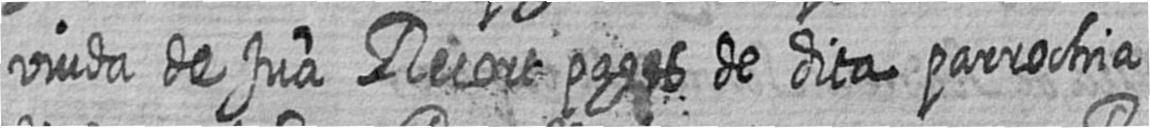
viuda de Jua Recort pages de dita parrochia